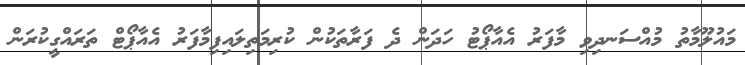
މައުލޫމާތު މުއްސަނދިވި މާފަރު އެއާޕޯޓު ހަދަން ދެ ފަރާތަކުން ކުރިމަތިލައިފިމާފަރު އެއާޕޯޓް ތަރައްގީކުރަން